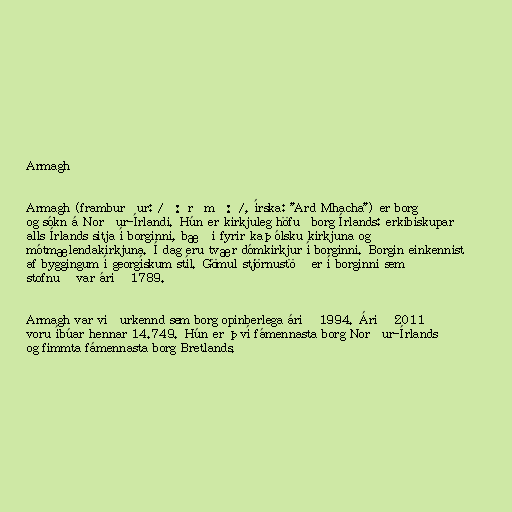
Armagh

Armagh (framburður: /ɑːrˈmɑː/, írska: "Ard Mhacha") er borg
og sókn á Norður-Írlandi. Hún er kirkjuleg höfuðborg Írlands: erkibiskupar
alls Írlands sitja í borginni, bæði fyrir kaþólsku kirkjuna og
mótmælendakirkjuna. Í dag eru tvær dómkirkjur í borginni. Borgin einkennist
af byggingum í georgískum stíl. Gömul stjörnustöð er í borginni sem
stofnuð var árið 1789.

Armagh var viðurkennd sem borg opinberlega árið 1994. Árið 2011
voru íbúar hennar 14.749. Hún er því fámennasta borg Norður-Írlands
og fimmta fámennasta borg Bretlands.